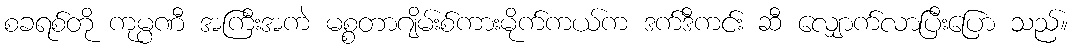
စခရစ်တို ကုမ္ပဏီ အကြီးအကဲ မစ္စတာဂျိမ်းစ်ကားမိုက်ကယ်က ဒက်ဒီကင်း ဆီ လျှောက်လာပြီးပြော သည်။